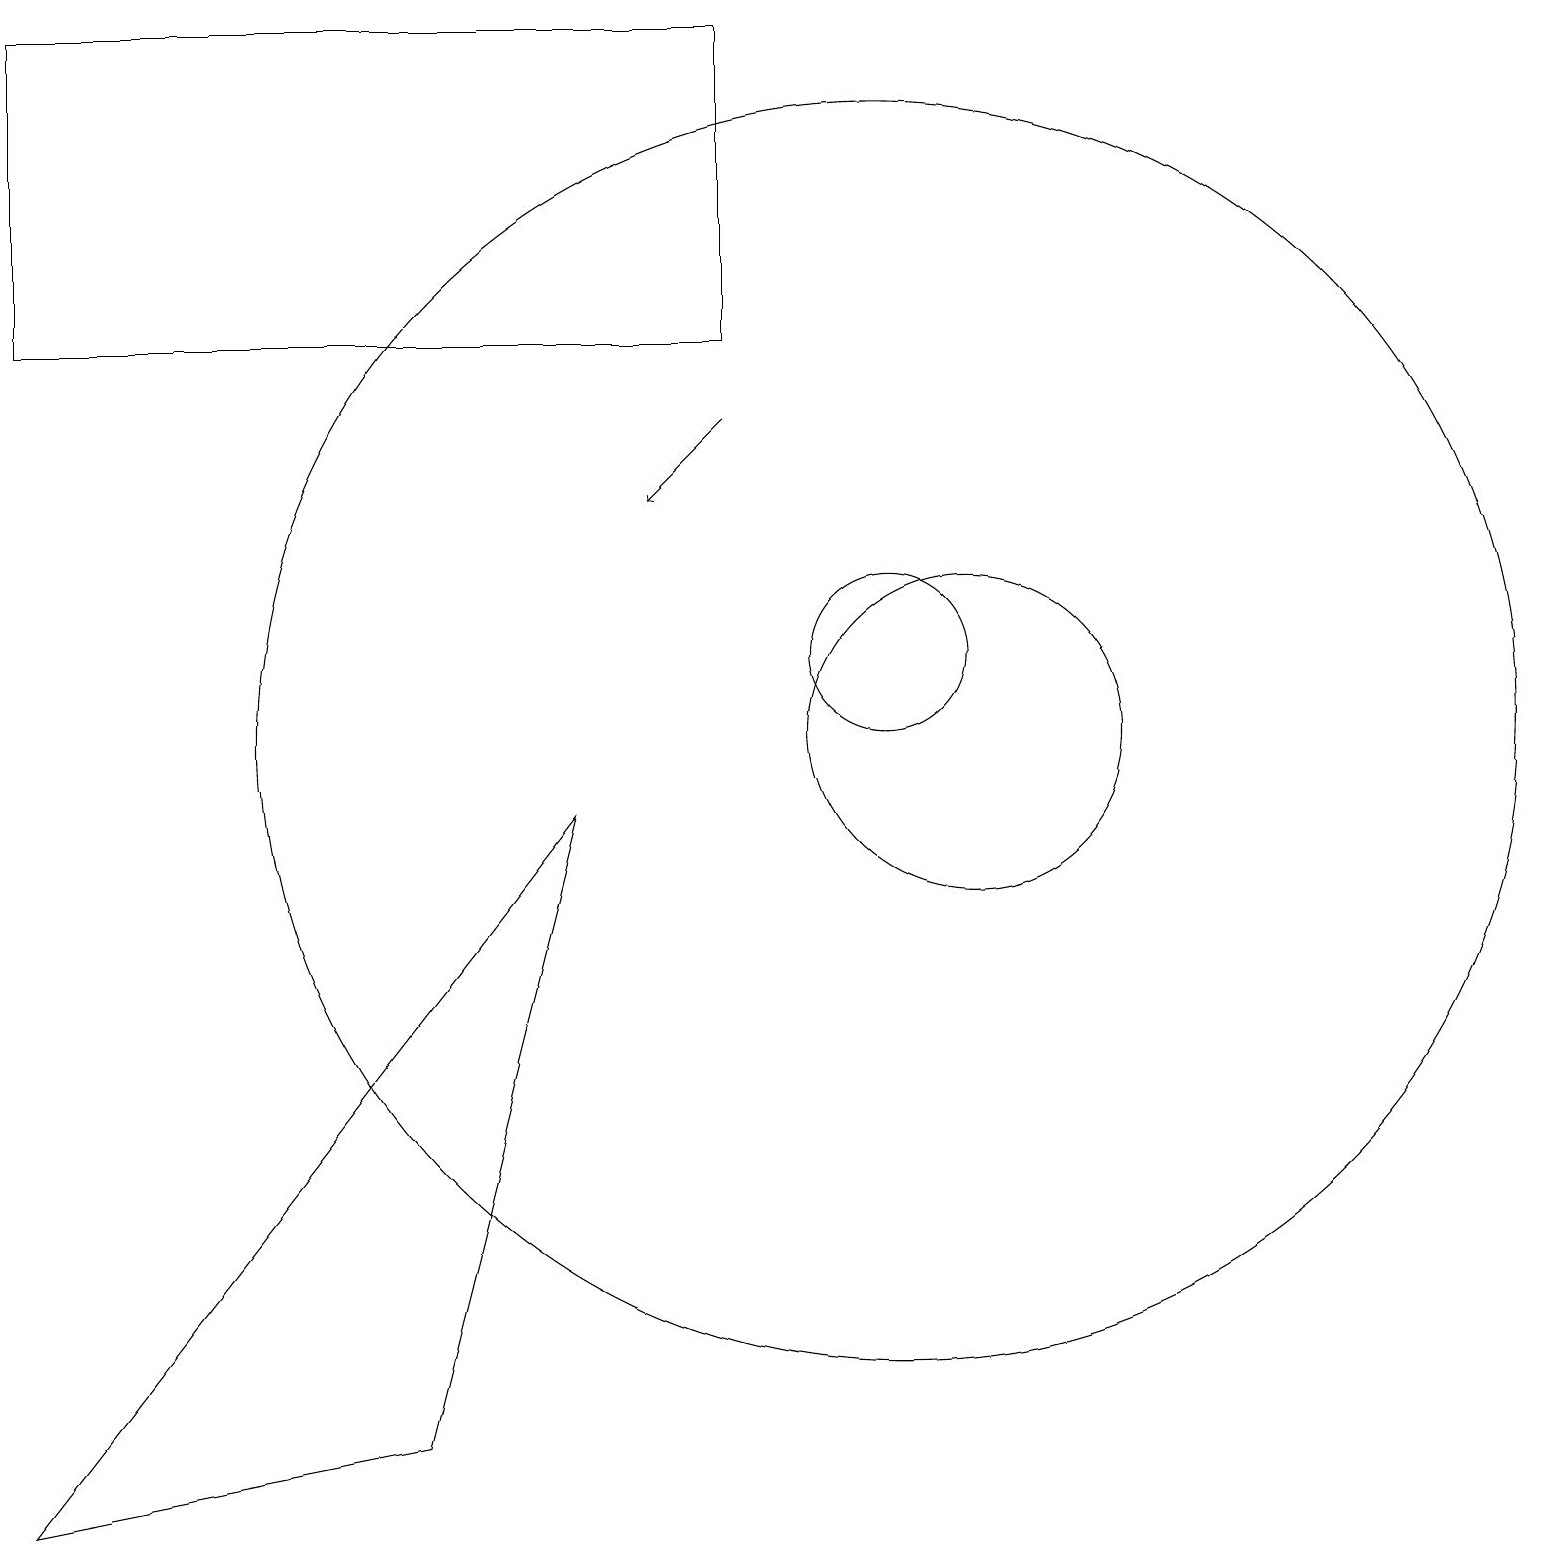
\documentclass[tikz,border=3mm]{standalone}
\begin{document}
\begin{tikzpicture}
\draw (11,10) circle (8);
\draw (5,1) -- (0,0) -- (7,9) -- cycle;
\draw (0,19) rectangle (9,15);
\draw (11,11) circle (1);
\draw[->] (9,14) -- (8,13);
\draw (12,10) circle (2);
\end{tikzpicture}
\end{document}